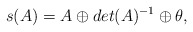
\begin{align*}s(A)=A\oplus det(A)^{-1}\oplus\theta, \end{align*}